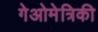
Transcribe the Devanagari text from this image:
गेओमेत्रिकी